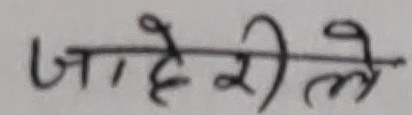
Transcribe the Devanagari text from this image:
जाहेरीले